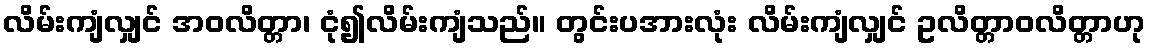
လိမ်းကျံလျှင် အဝလိတ္တာ၊ ငုံ၍လိမ်းကျံသည်။ တွင်းပအားလုံး လိမ်းကျံလျှင် ဥလိတ္တာဝလိတ္တာဟု